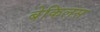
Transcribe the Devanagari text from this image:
बेकिलस